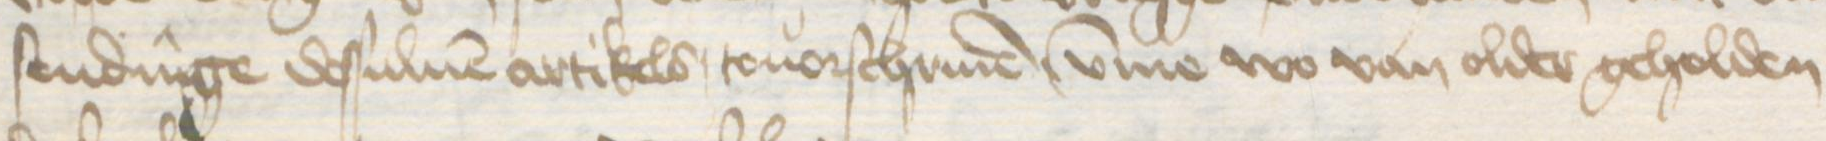
Transcription: sendinge dessuluen artikels touorschriuen, umme wo van older geholden